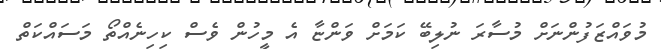
މުވައްޒަފުންނަށް މުސާރަ ނުލިބޭ ކަމަށް ވަންޏާ އެ މީހުން ވެސް ކިހިނެއްތޯ މަސައްކަތް